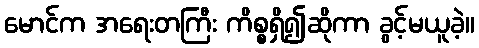
မောင်က အရေးတကြီး ကိစ္စရှိ၍ဆိုကာ ခွင့်မယူခဲ့။